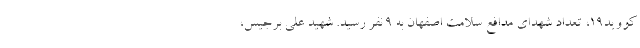
کووید۱۹، تعداد شهدای مدافع سلامت اصفهان به ۹ نفر رسید. شهید علی برجیس،